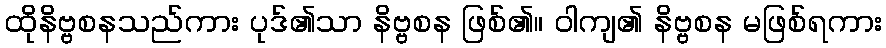
ထိုနိဗ္ဗစနသည်ကား ပုဒ်၏သာ နိဗ္ဗစန ဖြစ်၏။ ဝါကျ၏ နိဗ္ဗစန မဖြစ်ရကား